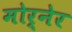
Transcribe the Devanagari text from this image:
मोर्नेर